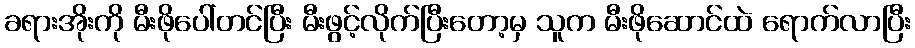
ခရားအိုးကို မီးဖိုပေါ်တင်ပြီး မီးဖွင့်လိုက်ပြီးတော့မှ သူက မီးဖိုဆောင်ထဲ ရောက်လာပြီး